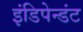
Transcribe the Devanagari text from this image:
इंडिपेन्डंट